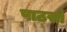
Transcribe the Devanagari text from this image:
पाठसों